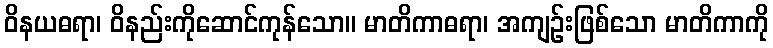
ဝိနယဓရာ၊ ဝိနည်းကိုဆောင်ကုန်သော။ မာတိကာဓရာ၊ အကျဉ်းဖြစ်သော မာတိကာကို